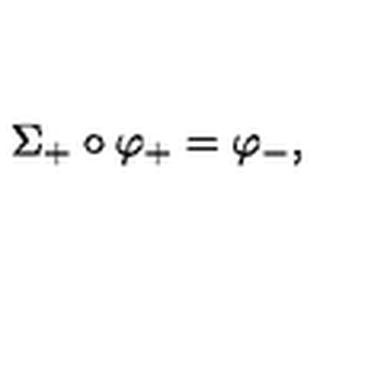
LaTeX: \Sigma _ { + } \circ \varphi _ { + } = \varphi _ { - } ,